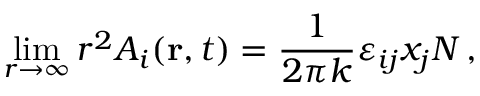
\operatorname * { l i m } _ { r \to \infty } r ^ { 2 } A _ { i } ( { \bf r } , t ) = { \frac { 1 } { 2 \pi k } } \varepsilon _ { i j } x _ { j } N \, ,